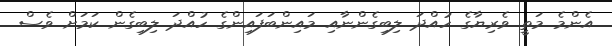
އެންމެ މަތީ ވެރިޔާގެ ހުއްދަ ލިބިގެންނާއި މައިންބަފައިންގެ ހުއްދަ ލިބިގެން ކަމަށް ވެސް